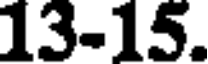
13-15.